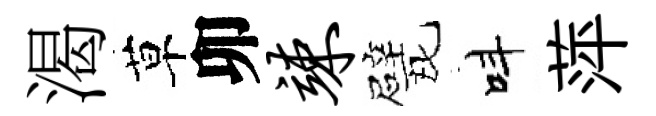
渴草卯竦甓呌萍